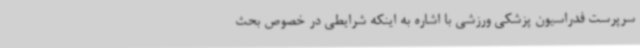
سرپرست فدراسیون پزشکی ورزشی با اشاره به اینکه شرایطی در خصوص بحث